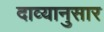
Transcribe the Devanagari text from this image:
दाव्यानुसार